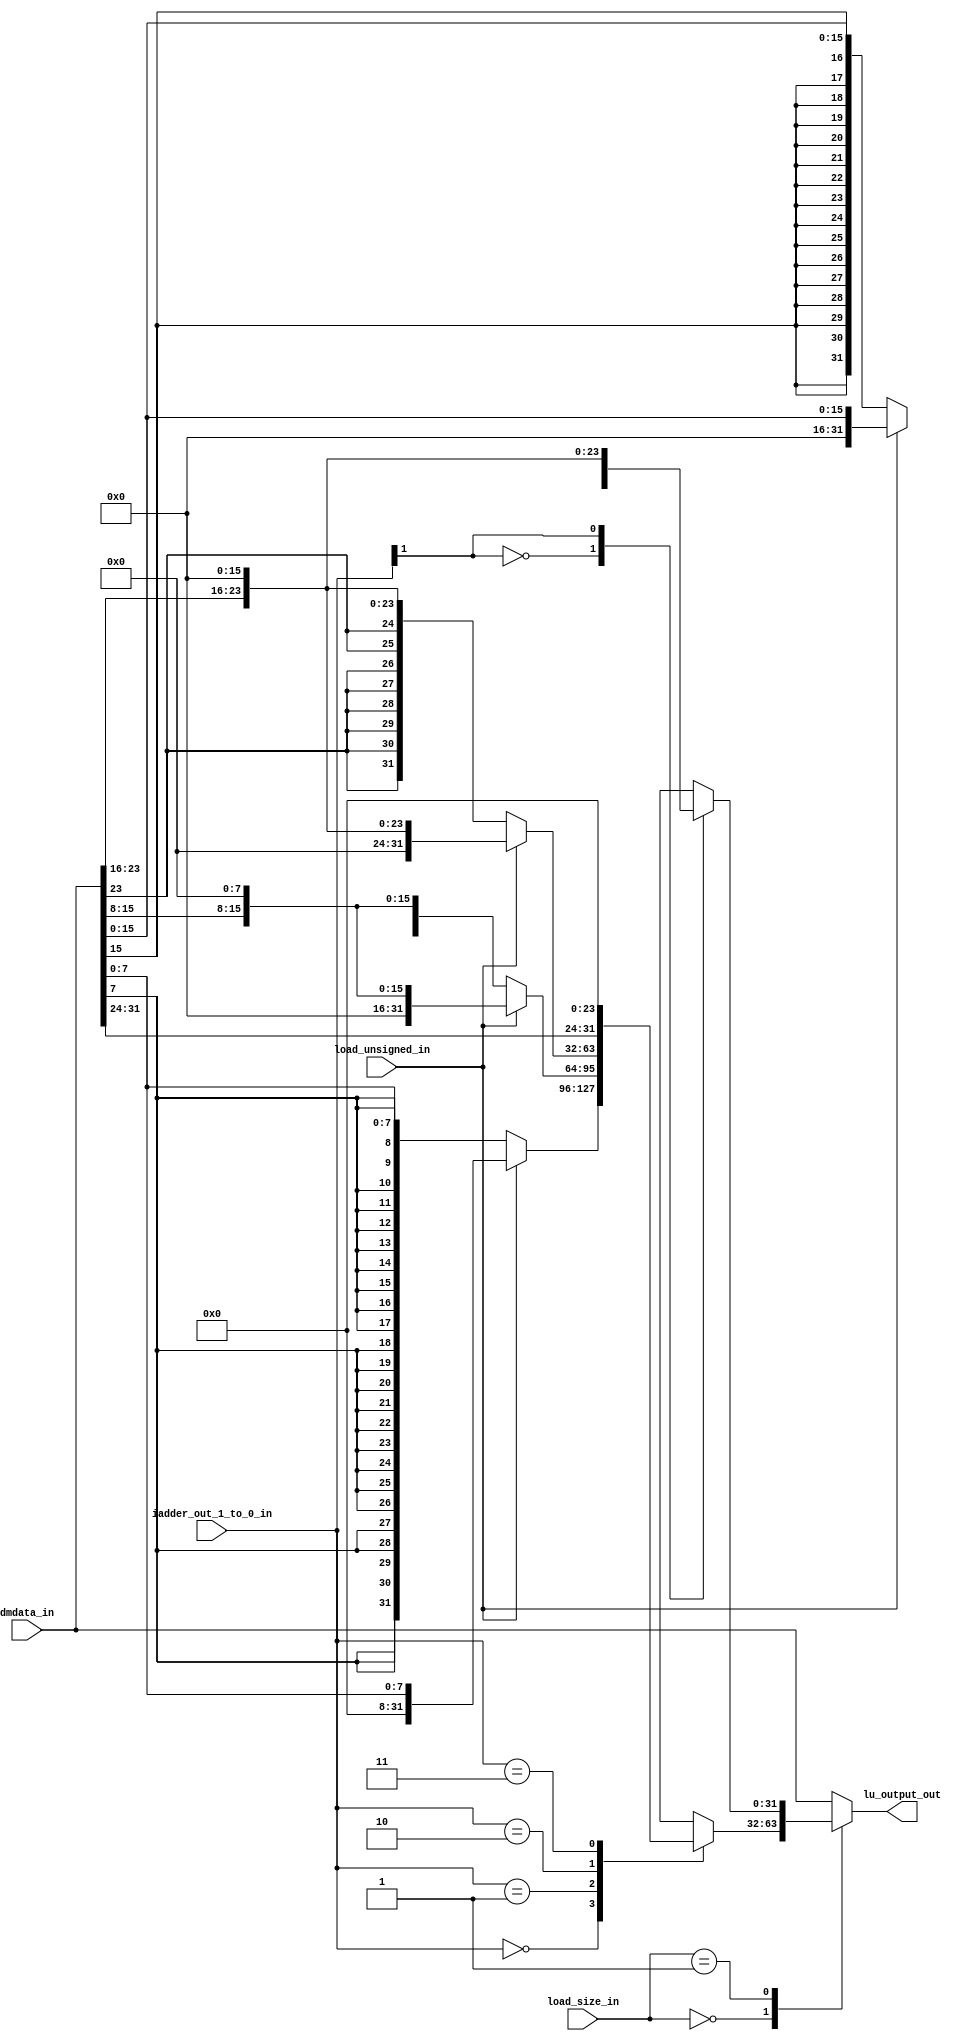
module load_unit(
    input [31:0] dmdata_in,
    input [1:0] iadder_out_1_to_0_in,
    input load_unsigned_in,
    input [1:0] load_size_in,
    output [31:0] lu_output_out
    );
    
    // declaring reg nets for procedural block
    reg [31:0] data_out;
    
    always @ (*)
    begin
        case (load_size_in)
            2'b00:
            begin
                case (iadder_out_1_to_0_in)
                    2'b00: 
                    begin
                        if (load_unsigned_in)
                            data_out = {24'b0, dmdata_in[7:0]};
                        else
                            data_out = {{24{dmdata_in[7]}}, dmdata_in[7:0]};
                    end
                    2'b01: 
                    begin
                        if (load_unsigned_in)
                            data_out = {16'b0, dmdata_in[15:8], 8'b0};
                        else
                            data_out = {{16{dmdata_in[15]}}, dmdata_in[15:8], 8'b0};
                    end
                    2'b10: 
                    begin
                        if (load_unsigned_in)
                            data_out = {8'b0, dmdata_in[23:16], 16'b0};
                        else
                            data_out = {{8{dmdata_in[23]}}, dmdata_in[23:16], 16'b0};
                    end
                    2'b11: 
                    begin
                        if (load_unsigned_in)
                            data_out = {dmdata_in[31:24], 24'b0};
                        else
                            data_out = {dmdata_in[31:24], 24'b0};
                    end
                    default:
                    begin
                    data_out = dmdata_in;
                    end
                endcase
            end
            2'b01:
            begin
                case (iadder_out_1_to_0_in[1])
                    1'b0:
                    begin
                        if (load_unsigned_in)
                            data_out = {16'b0, dmdata_in[15:0]};
                        else
                            data_out = {{16{dmdata_in[15]}}, dmdata_in[15:0]};
                    end
                    1'b1:
                    begin
                        data_out = {dmdata_in[31:16], 16'b0};
                    end
                endcase
            end
            default:
            begin
                data_out = dmdata_in;
            end
        endcase
    end
    
    assign lu_output_out = data_out;
endmodule